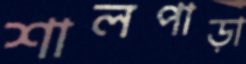
শালপাড়া